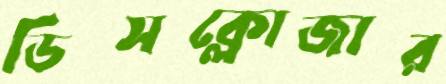
ডিসক্লোজার